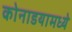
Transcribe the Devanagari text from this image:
कोनाडयामध्ये